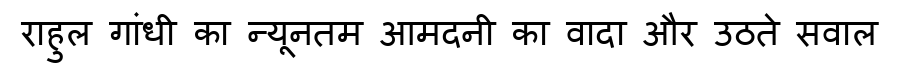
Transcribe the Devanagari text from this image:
राहुल गांधी का न्यूनतम आमदनी का वादा और उठते सवाल